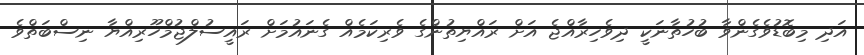
އަދި މިބޮޑުވެގެންވާ ބުހުތާނަކީ ދިވެހިރާއްޖެ އަށް ރައްޔިތުންގެ ވެރިކަމެއް ގެނައުމަށް ރައީސުލްޖުމްހޫރިއްޔާ ނިސްބަތްވެ